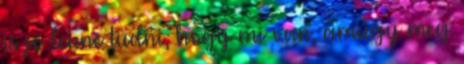
is jó lenne tudni, hogy mi van, amúgy meg